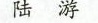
陆游